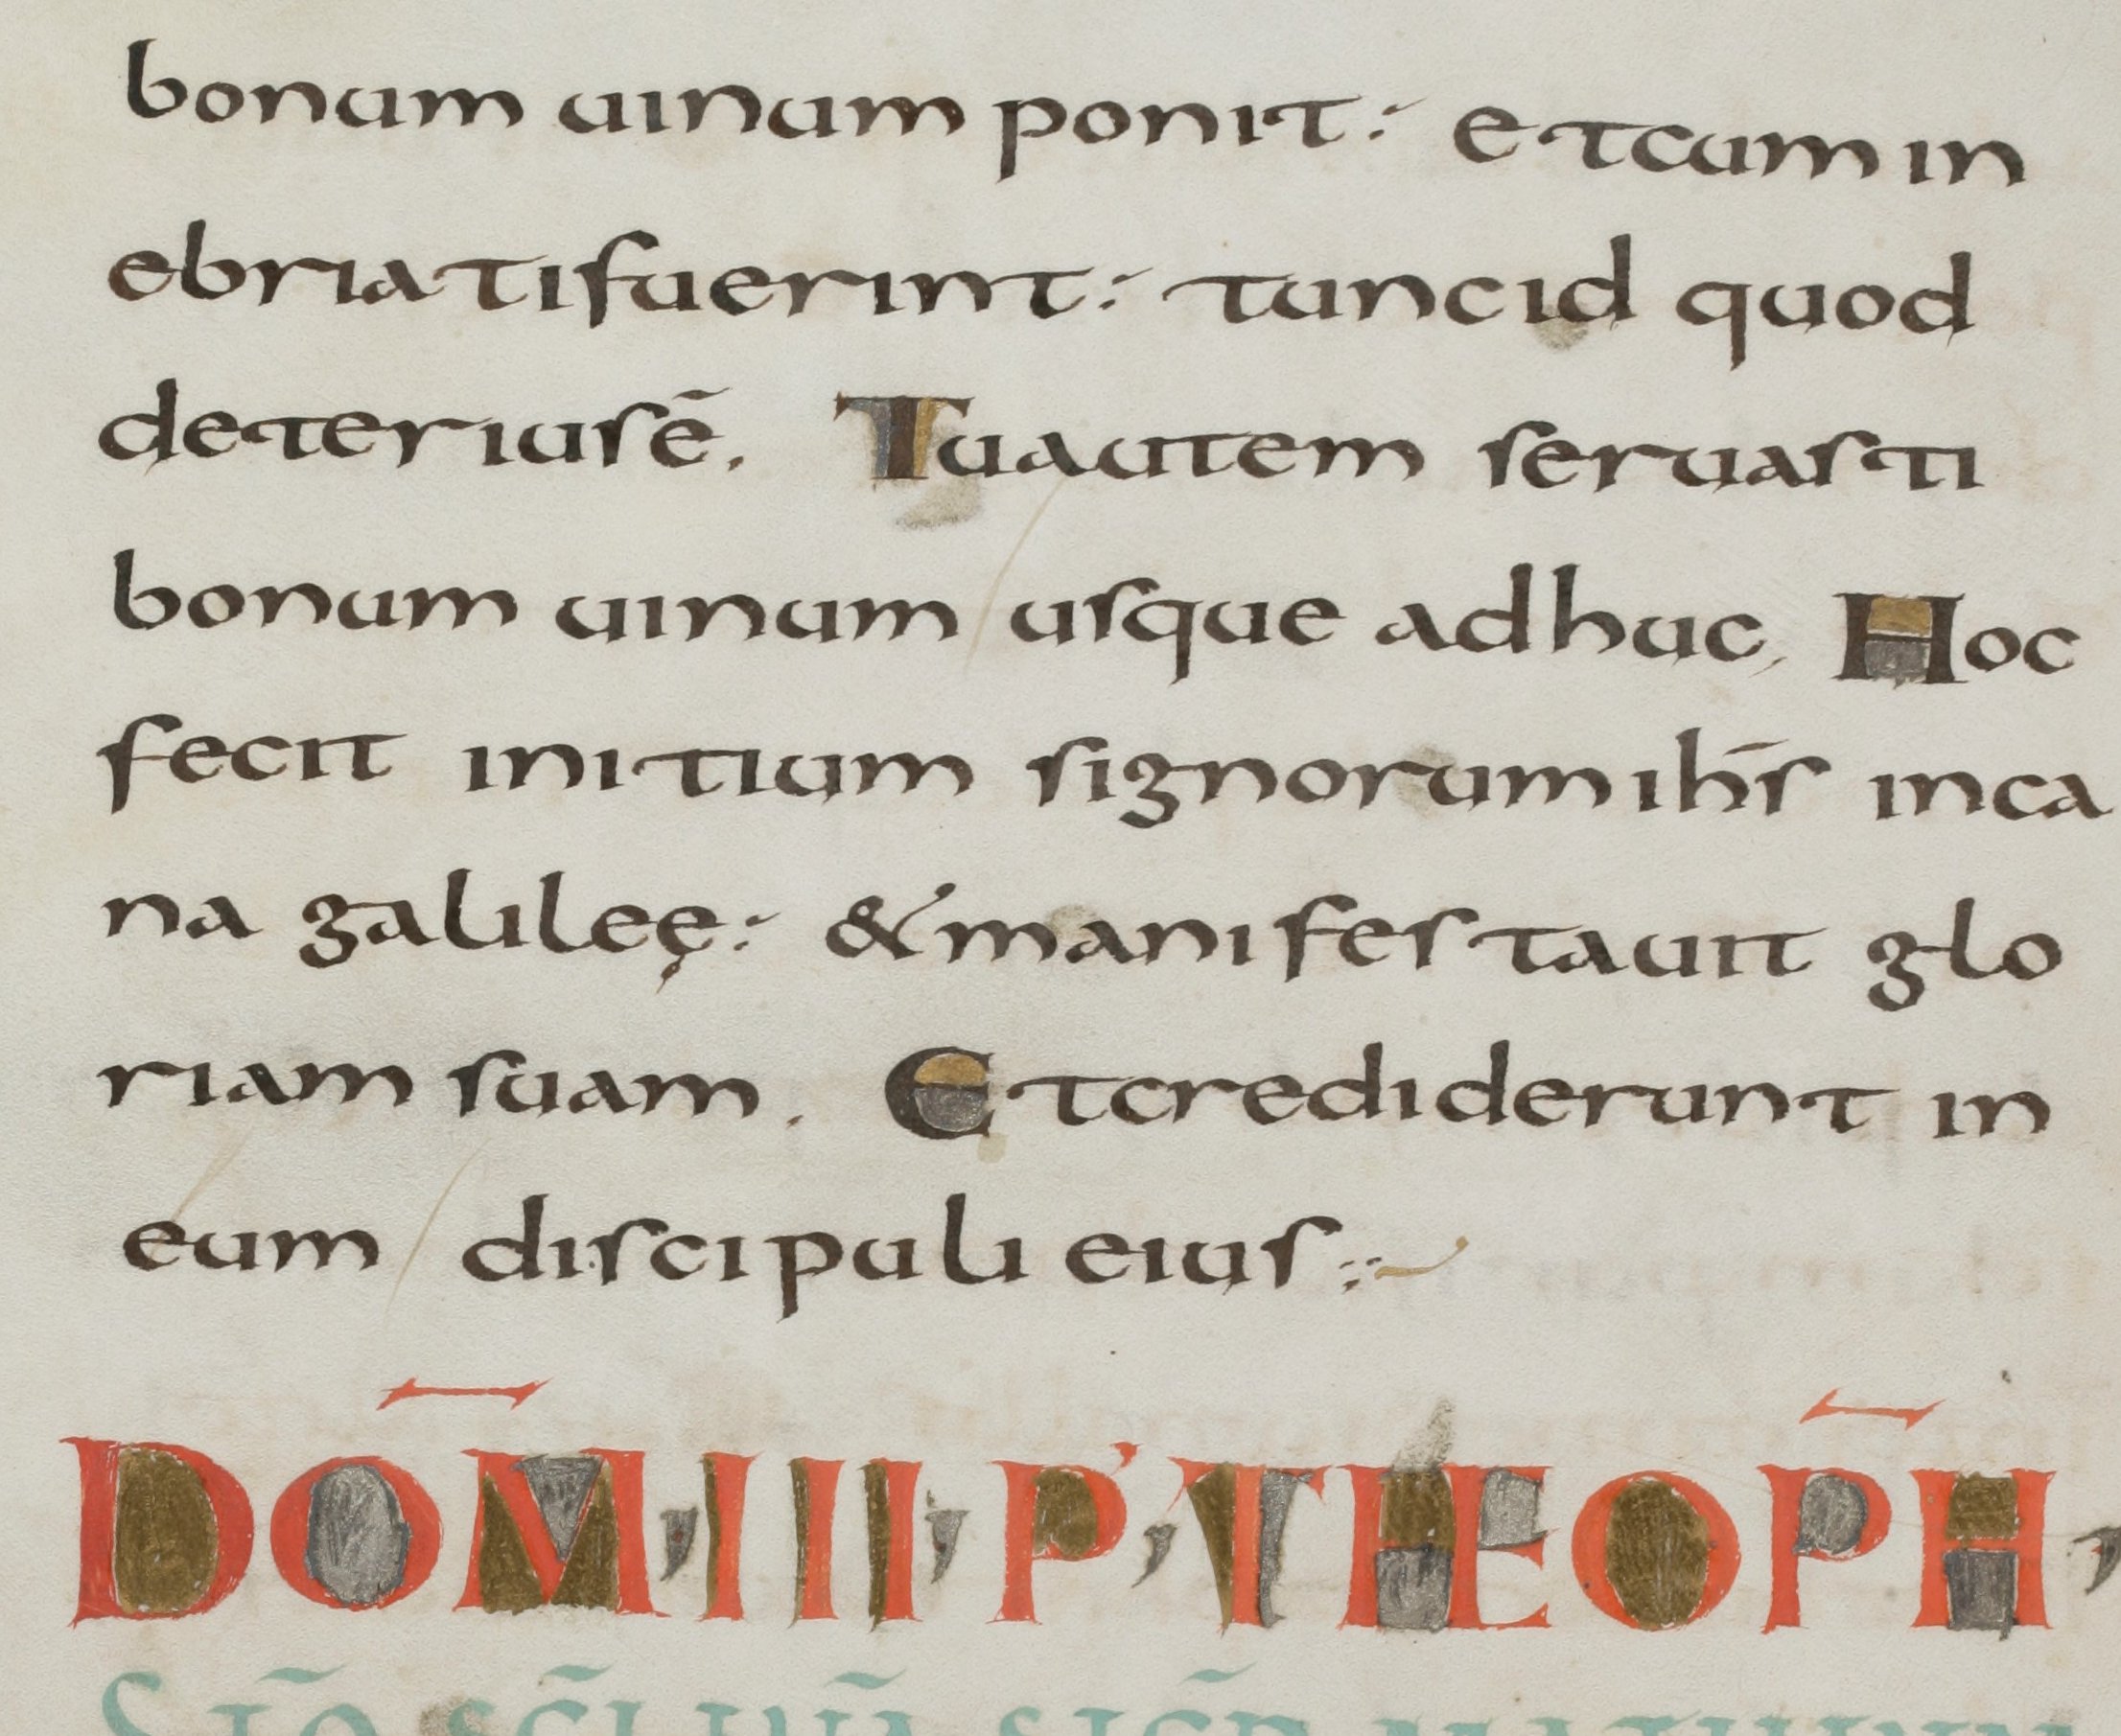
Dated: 800–899